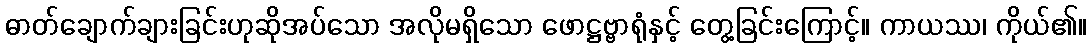
ဓာတ်ချောက်ချားခြင်းဟုဆိုအပ်သော အလိုမရှိသော ဖောဋ္ဌဗ္ဗာရုံနှင့် တွေ့ခြင်းကြောင့်။ ကာယဿ၊ ကိုယ်၏။